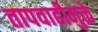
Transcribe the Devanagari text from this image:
तापवाढीमुळे